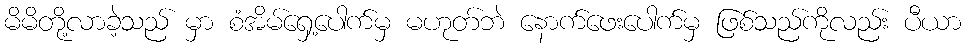
မိမိတို့လာခဲ့သည် မှာ စံအိမ်ရှေ့ပေါက်မှ မဟုတ်ဘဲ နောက်ဖေးပေါက်မှ ဖြစ်သည်ကိုလည်း ပီယာ